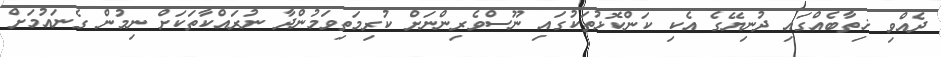
ދެއްވި ޚިތާބެއްގައި ދުނިޔޭގެ އެކި ކަންކޮޅުތަކުގައި ނޫސްވެރިންނަށް ކުރިމަތިވަމުންދާ ނުރައްކާތަކަށް ނިމުން ގެނައުމަށް